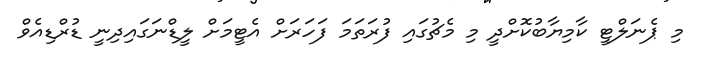
މި ޕެނަލްޓީ ކާމިޔާބުކޮށްދީ މި މެޗުގައި ފުރަތަމަ ފަހަރަށް އެޓީމަށް ލީޑްނަަގައިދިނީ ޑުރްޑިއެވް